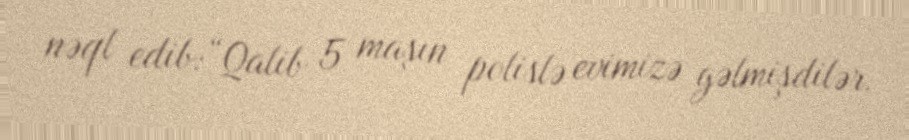
nəql edib:“Qalib 5 maşın polislə evimizə gəlmişdilər.